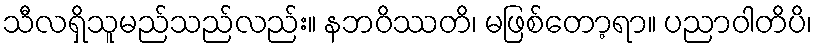
သီလရှိသူမည်သည်လည်း။ နဘဝိဿတိ၊ မဖြစ်တော့ရာ။ ပညာဝါတိပိ၊